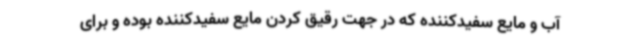
آب و مایع سفیدکننده که در جهت رقیق کردن مایع سفیدکننده بوده و برای